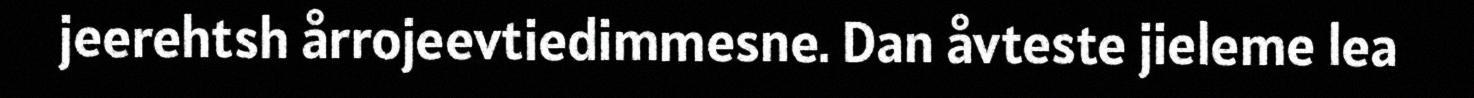
jeerehtsh årrojeevtiedimmesne. Dan åvteste jieleme lea